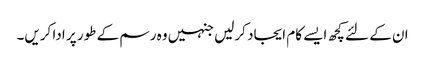
ان کے لئے کچھ ایسے کام ایجاد کرلیں جنہیں وہ رسم کے طور پر ادا کریں۔